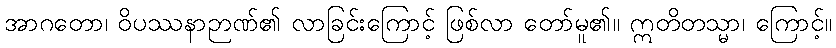
အာဂတော၊ ဝိပဿနာဉာဏ်၏ လာခြင်းကြောင့် ဖြစ်လာ တော်မူ၏။ ဣတိတသ္မာ၊ ကြောင့်။